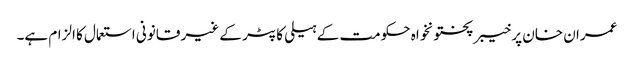
عمران خان پر خیبر پختونخواہ حکومت کے ہیلی کاپٹر کے غیر قانونی استعمال کا الزام ہے۔